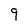
Character: 9